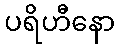
ပရိဟီနော